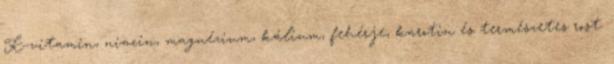
K-vitamin, niacin, magnézium, kálium, fehérje, karotin és természetes rost.